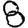
Digit: 8